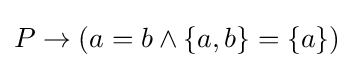
P\to (a=b\land \{a,b\}=\{a\})